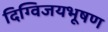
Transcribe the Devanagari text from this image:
दिग्विजयभूषण